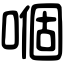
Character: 嗰